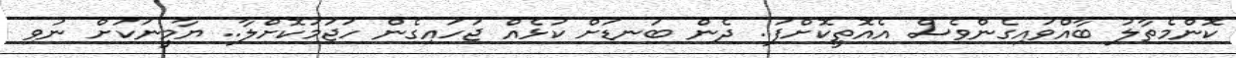
ކޮންމެތާލު ބާއްވައިގެންވެސް އެއޮތީކޮށްފަ.. ދެން ބަނޑަށް ކުޅެއް ޖަހައިގެން ހަޖަމުކޮށްލާ.. ޔާމީނަކަށް ނުވި